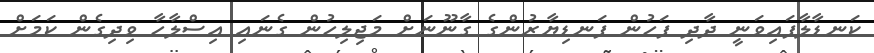
ކަނޑާލާފައިވަނީ ދާދި ފަހުން ފަނޑިޔާރުންގެ ގާނޫނަށް މަޖިލިހުން ގެނައި އިސްލާހާ ވިދިގެން ކަމަށް